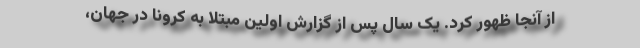
از آنجا ظهور کرد. یک سال پس از گزارش اولین مبتلا به کرونا در جهان،